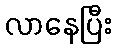
လာနေပြီး